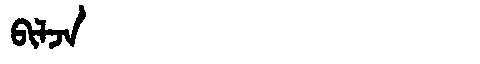
Manchu: ᠪᡳᠯᠵᠠ
Romanization: BILJA